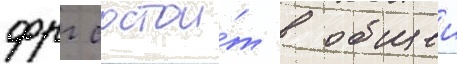
фрг состои́т в общеи